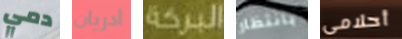
دمي ادريان البركة بانتظار أحلامى